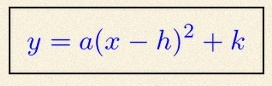
y=a(x-h)^2+k